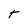
Character: T